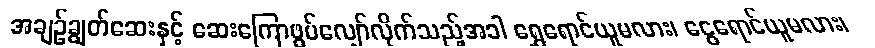
အချဉ်ချွတ်ဆေးနှင့် ဆေးကြောဖွပ်လျှော်လိုက်သည့်အခါ ရွှေရောင်ယူမလား၊ ငွေရောင်ယူမလား၊